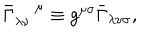
LaTeX: \bar { \Gamma } _ { \lambda \nu } ^ { \; \mu } \equiv g ^ { \mu \sigma } \bar { \Gamma } _ { \lambda \nu \sigma } ,